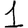
Digit: 1